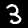
Digit: 3